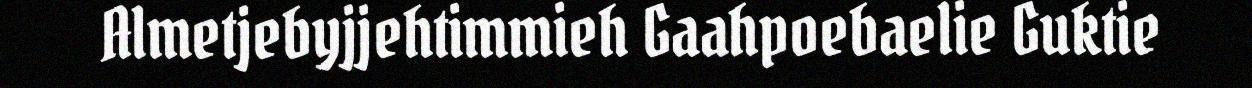
Almetjebyjjehtimmieh Gaahpoebaelie Guktie